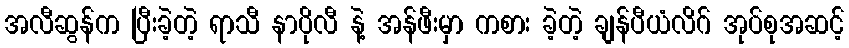
အလီဆွန်က ပြီးခဲ့တဲ့ ရာသီ နာပိုလီ နဲ့ အန်ဖီးမှာ ကစား ခဲ့တဲ့ ချန်ပီယံလိဂ် အုပ်စုအဆင့်